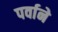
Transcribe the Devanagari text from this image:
पर्वाने